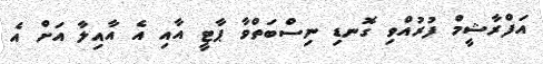
އަފްރާޝީމް ފުރުއްވި ގޮނޑި ނިސްބަތްވާ ޕާޓީ އާއި އެ އާއިލާ އަށް އެ